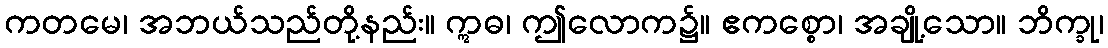
ကတမေ၊ အဘယ်သည်တို့နည်း။ ဣဓ၊ ဤလောက၌။ ဧကစ္စော၊ အချို့သော။ ဘိက္ခု၊